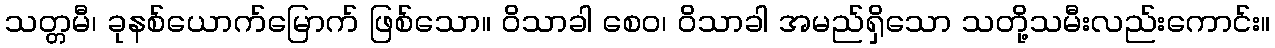
သတ္တမီ၊ ခုနစ်ယောက်မြောက် ဖြစ်သော။ ဝိသာခါ စေဝ၊ ဝိသာခါ အမည်ရှိသော သတို့သမီးလည်းကောင်း။